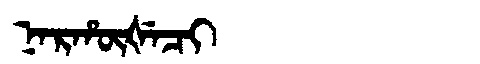
Manchu: ᠨᠠᡵᡥᡡᡧᡝᠴᡳ
Romanization: NARHŪŠECI